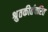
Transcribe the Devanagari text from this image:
श्रुतकीर्तचरित